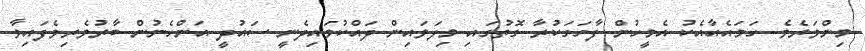
މިންވަރެވެ. ހަމައެއާއެކު އެމީހުން ފާހަގަކުރާ ގޮތުގައި މިލަވައިން ދައްކުވައިދެނީ ސައުދީ އަންހެނުން ބާރުވެރިވެފައިވާ